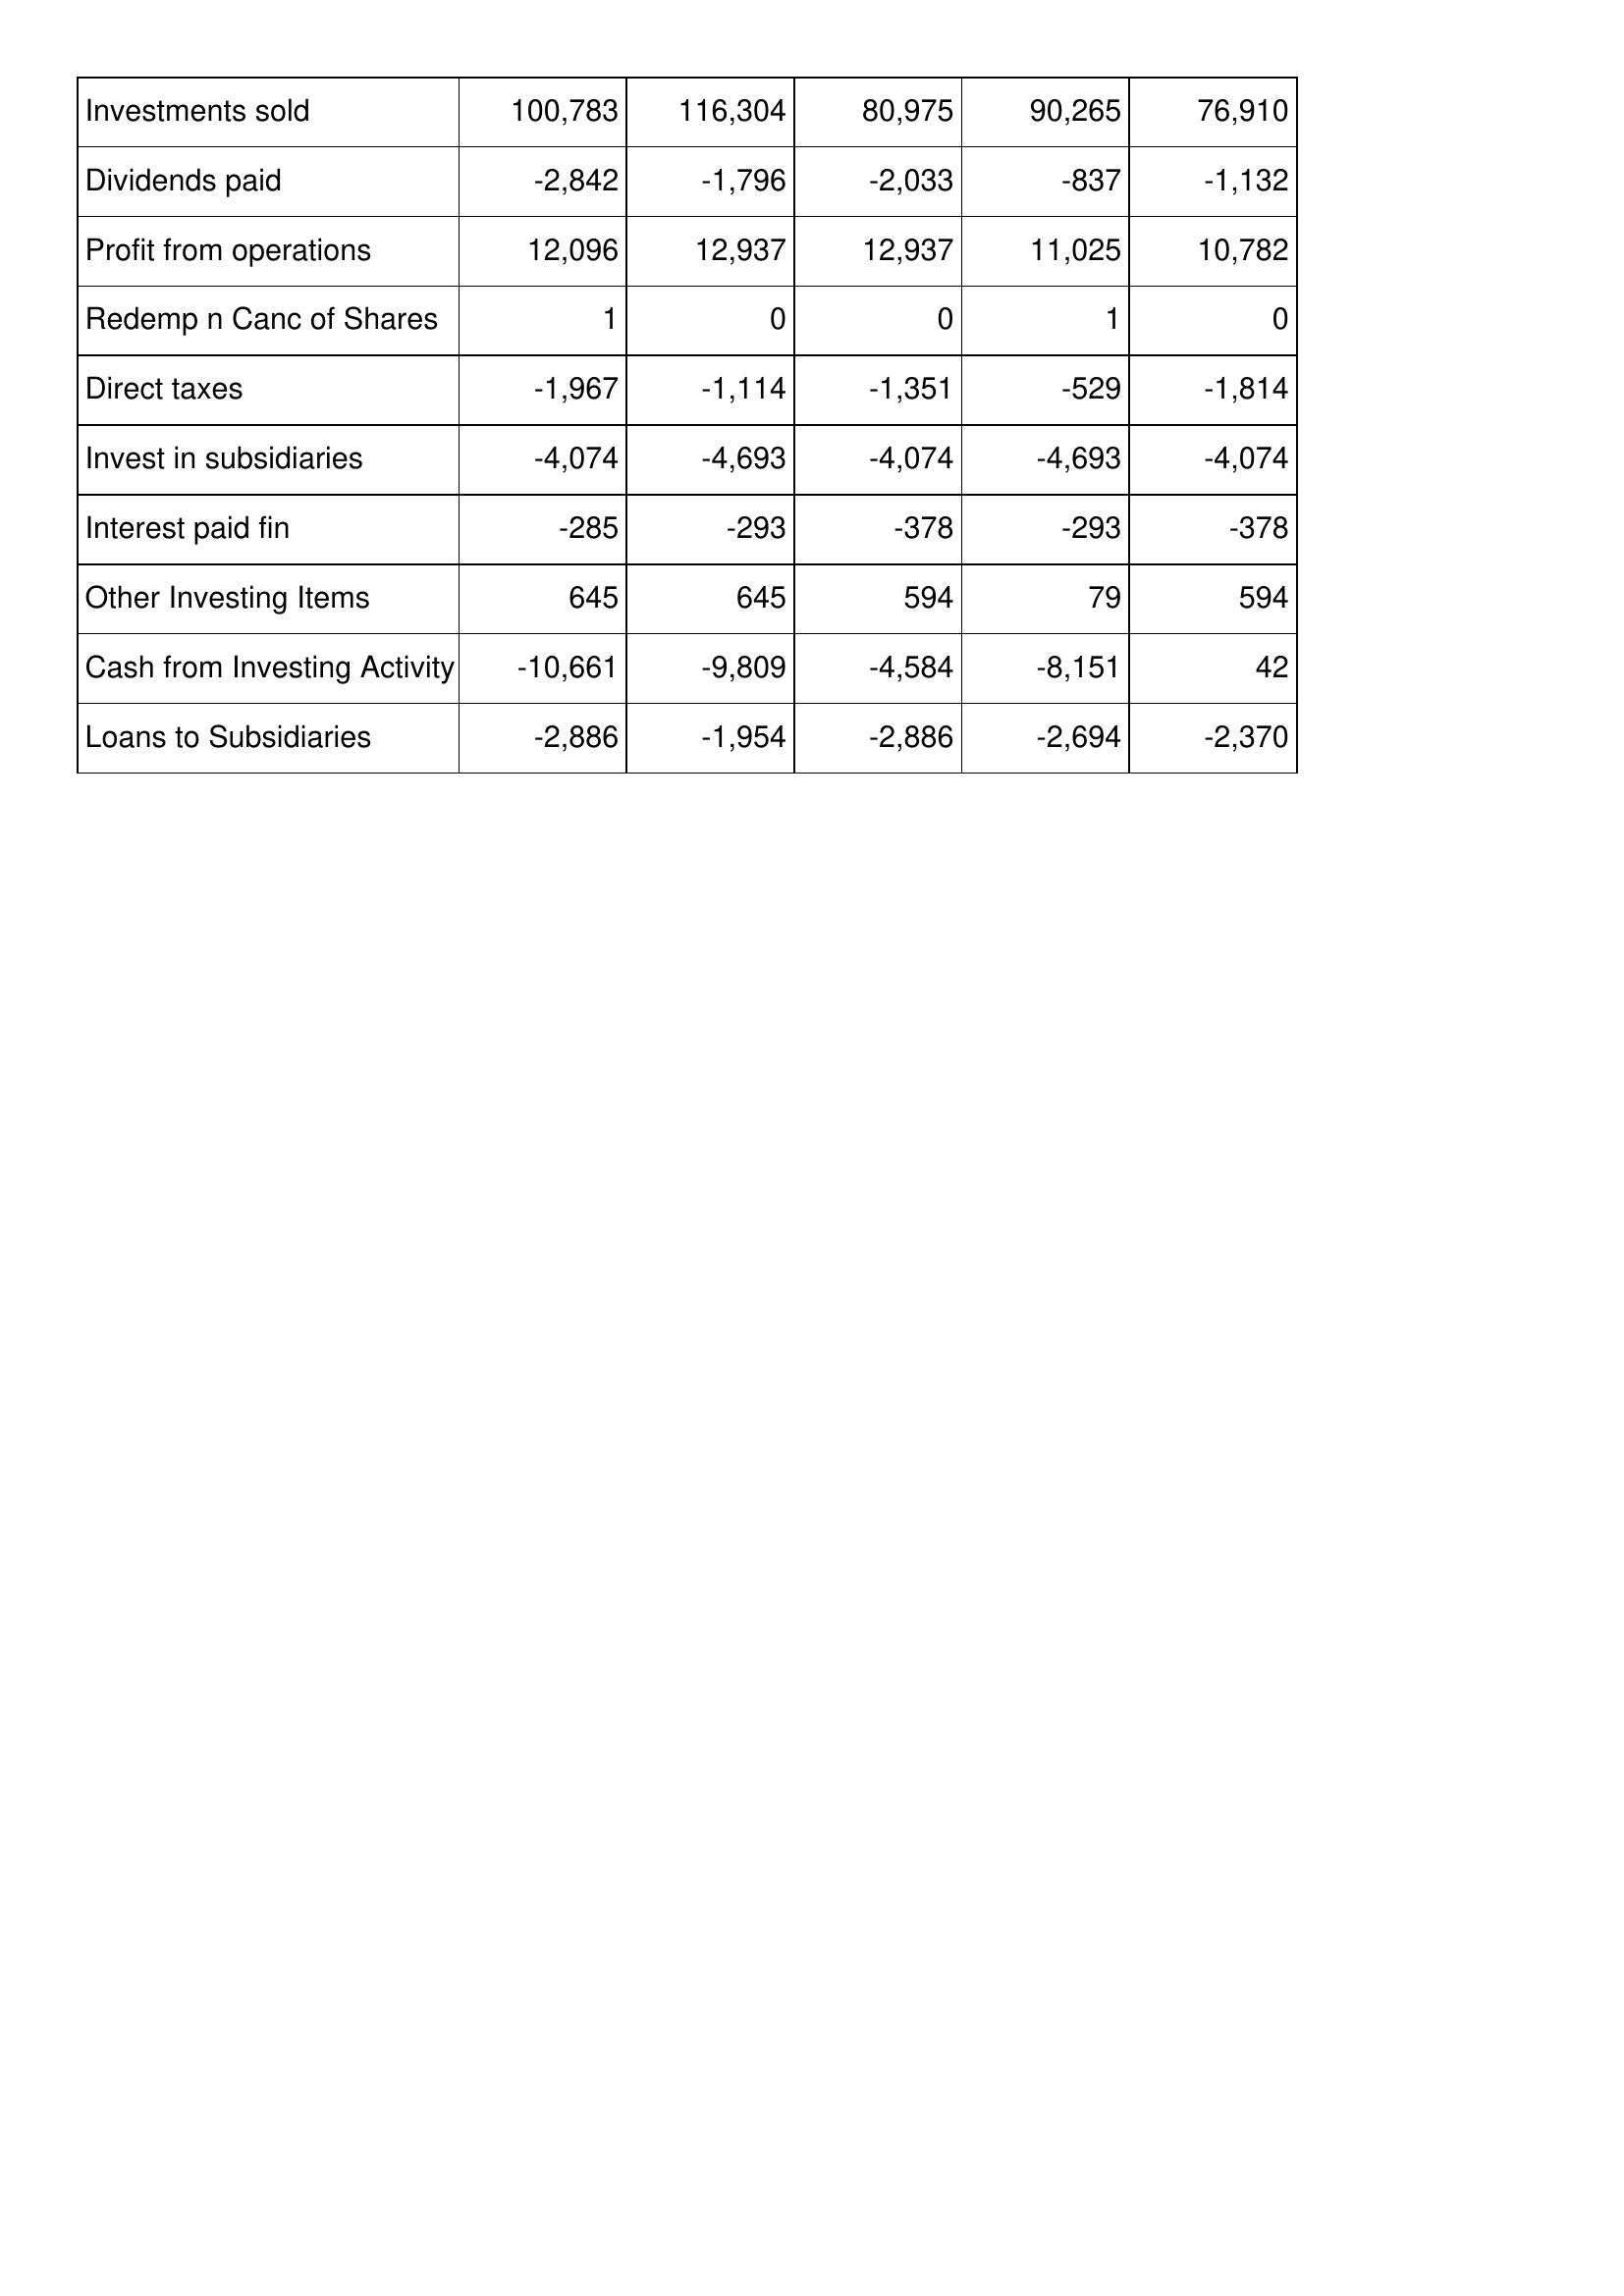
Mar-03: Cash Flows: Investments sold: 100,783
Dividends paid: -2,842
Profit from operations: 12,096
Redemp n Canc of Shares: 1
Direct taxes: -1,967
Invest in subsidiaries: -4,074
Interest paid fin: -285
Other Investing Items: 645
Cash from Investing Activity: -10,661
Loans to Subsidiaries: -2,886
Mar-02: Cash Flows: Investments sold: 116,304
Dividends paid: -1,796
Profit from operations: 12,937
Redemp n Canc of Shares: 0
Direct taxes: -1,114
Invest in subsidiaries: -4,693
Interest paid fin: -293
Other Investing Items: 645
Cash from Investing Activity: -9,809
Loans to Subsidiaries: -1,954
Mar-01: Cash Flows: Investments sold: 80,975
Dividends paid: -2,033
Profit from operations: 12,937
Redemp n Canc of Shares: 0
Direct taxes: -1,351
Invest in subsidiaries: -4,074
Interest paid fin: -378
Other Investing Items: 594
Cash from Investing Activity: -4,584
Loans to Subsidiaries: -2,886
Mar-00: Cash Flows: Investments sold: 90,265
Dividends paid: -837
Profit from operations: 11,025
Redemp n Canc of Shares: 1
Direct taxes: -529
Invest in subsidiaries: -4,693
Interest paid fin: -293
Other Investing Items: 79
Cash from Investing Activity: -8,151
Loans to Subsidiaries: -2,694
Mar-99: Cash Flows: Investments sold: 76,910
Dividends paid: -1,132
Profit from operations: 10,782
Redemp n Canc of Shares: 0
Direct taxes: -1,814
Invest in subsidiaries: -4,074
Interest paid fin: -378
Other Investing Items: 594
Cash from Investing Activity: 42
Loans to Subsidiaries: -2,370